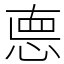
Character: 㥁